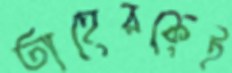
তাহেরকেই